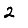
Digit: 2